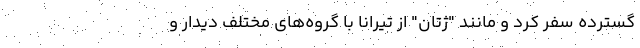
گسترده سفر کرد و مانند "ژتان" از تیرانا با گروه‌های مختلف دیدار و